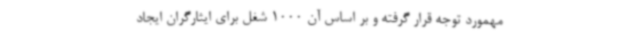
مهمورد توجه قرار گرفته و بر اساس آن 1000 شغل برای ایثارگران ایجاد